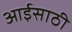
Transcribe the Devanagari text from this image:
आईसाठी